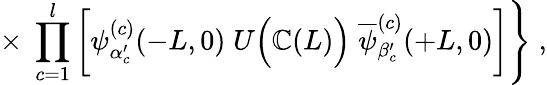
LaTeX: \times\; \prod_{c=1}^{l}\left[\psi_{\alpha_{c}^{\prime}}^{(c)}(-L,0)\; U\Big({\cal\mathbb{C}}(L)\Big)\; \overline{{{{\psi}}}}_{\beta_{c}^{\prime}}^{(c)}(+L,0)\right]\Bigg\} \; ,